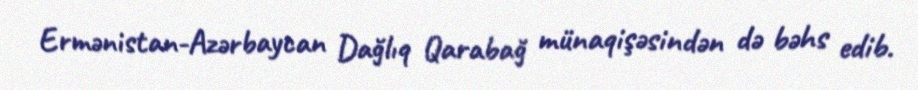
Ermənistan-Azərbaycan Dağlıq Qarabağ münaqişəsindən də bəhs edib.